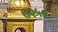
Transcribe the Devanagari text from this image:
७०५०